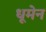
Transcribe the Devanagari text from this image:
धूमेन